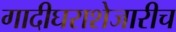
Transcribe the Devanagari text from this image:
गादीघराशेजारीच